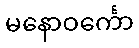
မနောဝင်္ကော